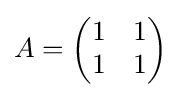
A={\begin{pmatrix}1&1\\1&1\end{pmatrix}}